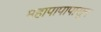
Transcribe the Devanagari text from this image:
महापापापासून